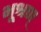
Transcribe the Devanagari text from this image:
भूश्रण्